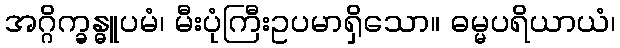
အဂ္ဂိက္ခန္ဓူပမံ၊ မီးပုံကြီးဥပမာရှိသော။ ဓမ္မပရိယာယံ၊